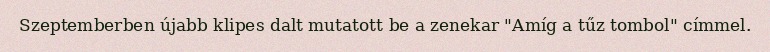
Szeptemberben újabb klipes dalt mutatott be a zenekar "Amíg a tűz tombol" címmel.